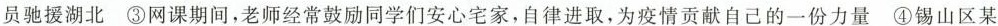
员驰援湖北③网课期间，老师经常鼓励同学们安心宅家，自律进取，为疫情贡献自己的一份力量④锡山区某